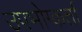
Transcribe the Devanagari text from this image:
उपभोग्कर्ता